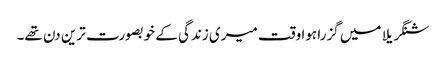
شنگریلا میں گزرا ہوا وقت میری زندگی کے خوبصورت ترین دن تھے۔